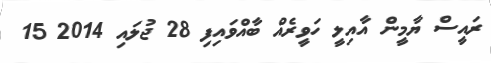
ރައީސް ޔާމީން އާއިލީ ހަވީރެއް ބާއްވައިފި 28 ޖުލައި 2014 15